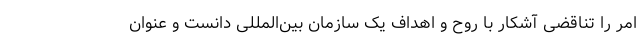
امر را تناقضی آشکار با روح و اهداف یک سازمان بین‌المللی دانست و عنوان